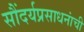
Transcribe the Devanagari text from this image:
सौंदर्यप्रसाधनांची